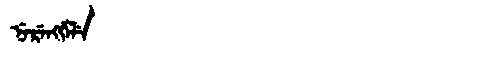
Manchu: ᠨᡝᡵᡝᠩᡤᡝᠯᡝ
Romanization: NERENGGELE